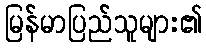
မြန်မာပြည်သူများ၏